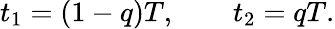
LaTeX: t_{1}=(1-q)T,\qquad t_{2}=qT.